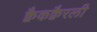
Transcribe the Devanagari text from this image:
क्वैकक्वैरली